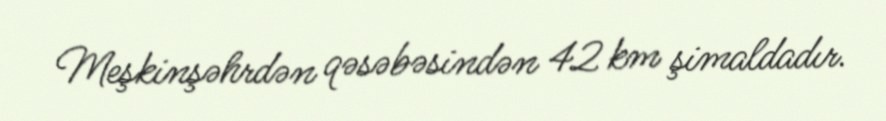
Meşkinşəhrdən qəsəbəsindən 42 km şimaldadır.